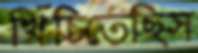
খিঁচিতেছিস